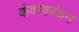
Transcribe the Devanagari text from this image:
कंकणबंधन